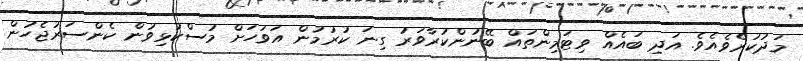
މަދުކުރެވެއެވެ. އަދި ބައެއް ވިޓަމިންތައް ބޭނުންކުރާވަރު ގިނަ ކުރުމުން އަވަހަށް މުސްކުޅިވުން ކެންސަރުޖެހުން